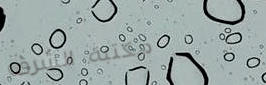
مكتبة الشرق